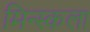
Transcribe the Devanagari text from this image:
मिन्स्कला